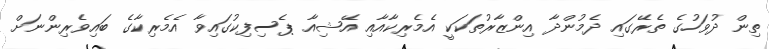
ތިން ދުވަހުގެ ތެރޭގައި ދެމުންދާ އިންޒާރުތަކަކީ އެމެރިކާއާއި އޭޝިއާ ޕެސިފިކުގައިވާ އެމެރިކާގެ ބައިވެރިންނަށް